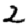
Digit: 2